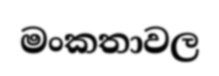
මංකතාවල